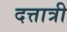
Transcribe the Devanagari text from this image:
दत्तात्री